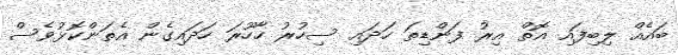
ބައެއް ލިބިފައި އޮތް އިރު ފަންޑިތަ ހަދައި ސިހުރު ހާހޫރަ ހަދައިގެން އެތަންކޮޅުވެސް